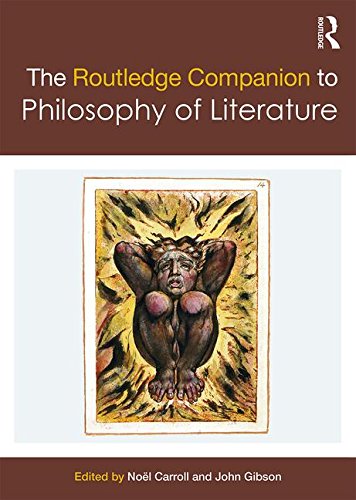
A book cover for The Routledge Companion to Philosophy of Literature (Routledge Philosophy Companions); Politics & Social Sciences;